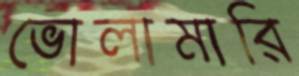
ভোলামারি